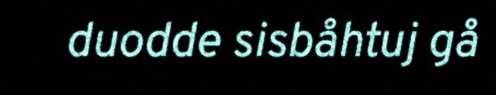
duodde sisbåhtuj gå